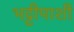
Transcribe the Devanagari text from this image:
भट्टीपाशी